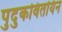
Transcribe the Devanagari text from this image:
पुदुकवितयिन